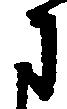
に